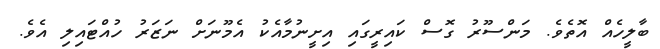
ބާލީހެއް އޮތެވެ. މަންސޫރު ގޮސް ކައިރީގައި އިށީނުމާއެކު އެމޫނަށް ނަޒަރު ހުއްޓައިލި އެވެ.